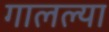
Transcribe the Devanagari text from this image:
गालल्या